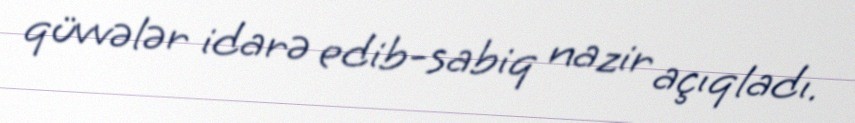
qüvvələr idarə edib-sabiq nazir açıqladı.